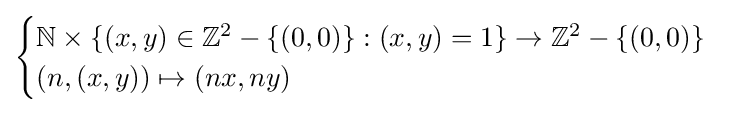
{\begin{cases}\mathbb {N} \times \{(x,y)\in \mathbb {Z} ^{2}-\{(0,0)\}:(x,y)=1\}\to \mathbb {Z} ^{2}-\{(0,0)\}\\(n,(x,y))\mapsto (nx,ny)\end{cases}}